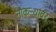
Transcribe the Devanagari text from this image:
नौकऱ्यांवर